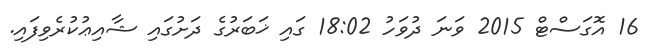
16 އޮގަސްޓް 2015 ވަނަ ދުވަހު 18:02 ގައި ޚަބަރުގެ ދަށުގައި ޝާއިޢުކުރެވިފައި.